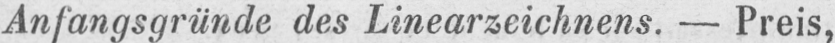
Anfangsgründe des Linearzeichnens. - Preis,